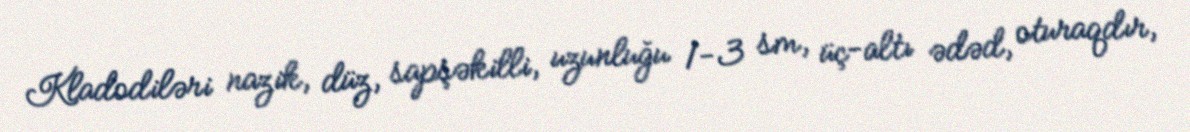
Kladodiləri nazik, düz, sapşəkilli, uzunluğu 1-3 sm, üç-altı ədəd, oturaqdır,